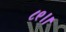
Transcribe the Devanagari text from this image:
८९।।